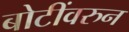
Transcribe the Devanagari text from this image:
बोटींवरुन